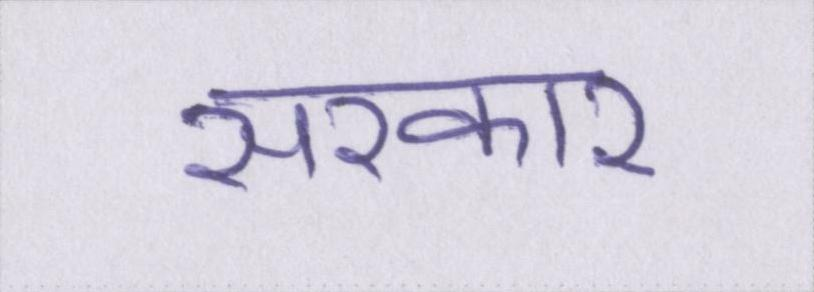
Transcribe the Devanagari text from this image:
सरकार